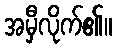
အမှီလိုက်၏။